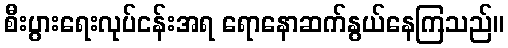
စီးပွားရေးလုပ်ငန်းအရ ရောနောဆက်နွယ်နေကြသည်။